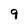
Character: 9